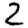
Digit: 2